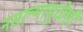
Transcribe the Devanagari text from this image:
नसल्यामुळेही